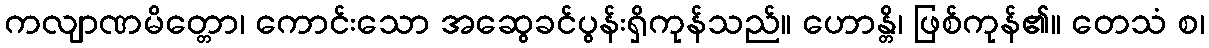
ကလျာဏမိတ္တော၊ ကောင်းသော အဆွေခင်ပွန်းရှိကုန်သည်။ ဟောန္တိ၊ ဖြစ်ကုန်၏။ တေသံ စ၊